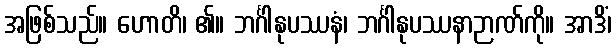
အဖြစ်သည်။ ဟောတိ၊ ၏။ ဘင်္ဂါနုပဿနံ၊ ဘင်္ဂါနုပဿနာဉာဏ်ကို။ အာဒိံ၊